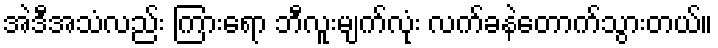
အဲဒီအသံလည်း ကြားရော ဘီလူးမျက်လုံး လက်ခနဲတောက်သွားတယ်။